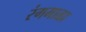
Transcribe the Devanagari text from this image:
रंगमाळा